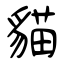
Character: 貓